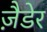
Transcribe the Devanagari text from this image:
ज़ैडेर